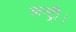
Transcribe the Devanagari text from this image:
कन्ट्री।